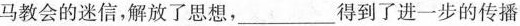
马教会的迷信，解放了思想，___ 得到了进一步的传播